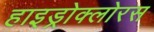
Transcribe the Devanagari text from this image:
हाइड्रोक्लोरस